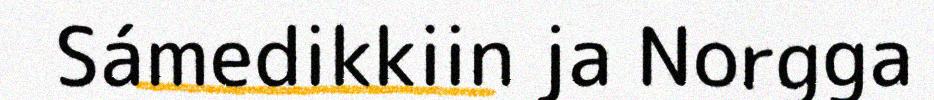
Sámedikkiin ja Norgga